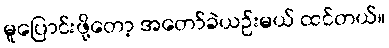
မူပြောင်းဖို့တော့ အတော်ခဲယဉ်းမယ် ထင်တယ်။